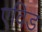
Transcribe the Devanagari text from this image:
एविड